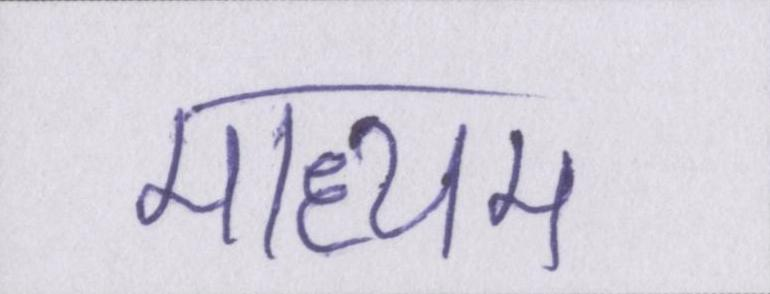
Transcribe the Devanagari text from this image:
माध्यम